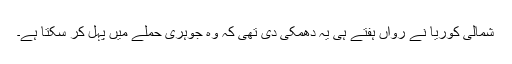
شمالی کوریا نے رواں ہفتے ہی یہ دھمکی دی تھی کہ وہ جوہری حملے میں پہل کر سکتا ہے۔